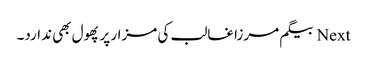
Next بیگم مرزا غالب کی مزار پر پھول بھی ندارد۔